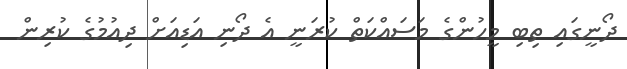
ދޯނީގައި ތިބި މީހުންގެ މަސައްކަތް ކުރަނީ އެ ދޯނި އަޑިއަށް ދިއުމުގެ ކުރިން